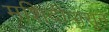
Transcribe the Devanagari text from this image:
मशिदीपासून